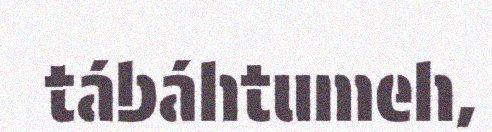
tábáhtumeh,